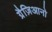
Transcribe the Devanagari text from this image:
ग्रैज़िआनो